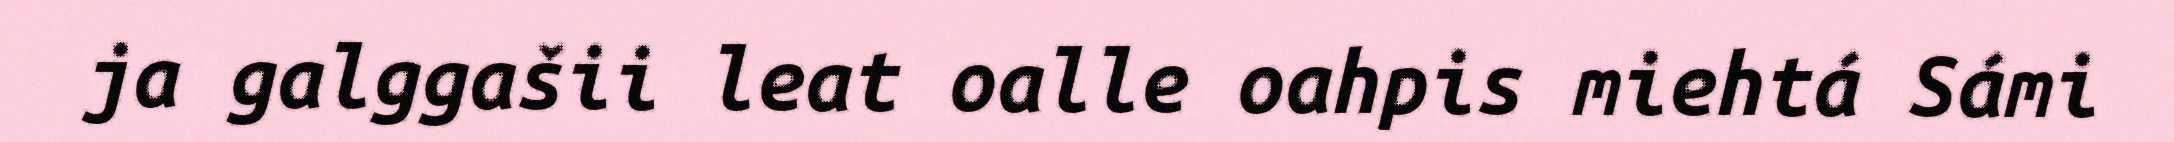
ja galggašii leat oalle oahpis miehtá Sámi